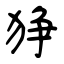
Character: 狰